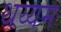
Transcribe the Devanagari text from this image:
थय्यम